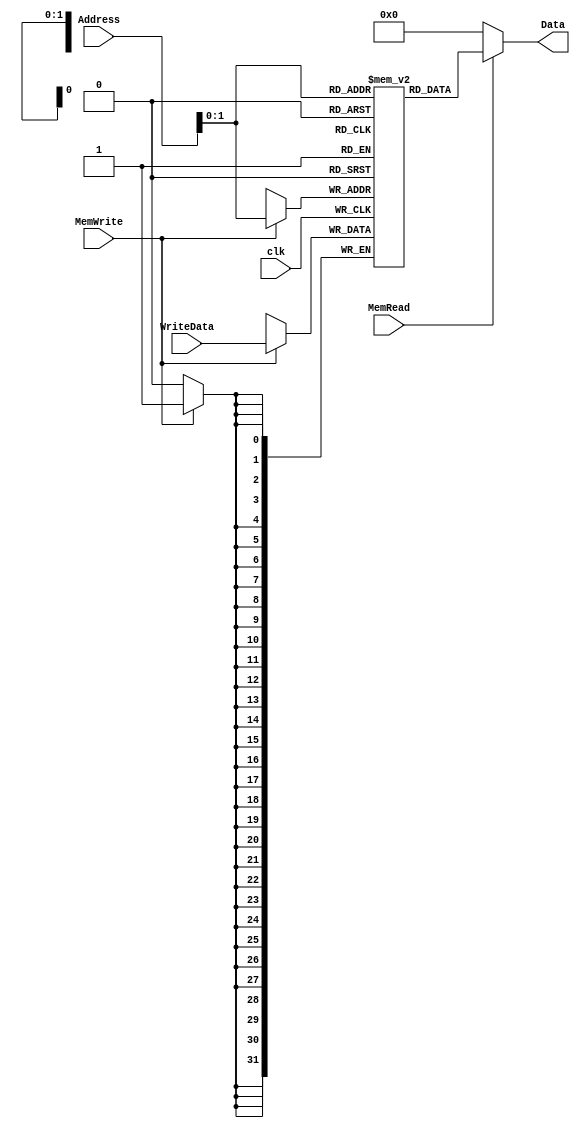
`timescale 1ns / 1ps
//////////////////////////////////////////////////////////////////////////////////
// Company:
// Engineer:
//
// Design Name:
// Module Name: data_Mem
// Project Name:
// Target Devices:
// Tool Versions:
// Description:
//
// Dependencies:
//
// Revision:
// Revision 0.01 - File Created
// Additional Comments:
//
//////////////////////////////////////////////////////////////////////////////////


module Memory(clk,Address,WriteData,MemWrite,MemRead,Data);
  input MemWrite,MemRead,clk;
  input[31:0] Address,WriteData;
  output [31:0] Data;

  reg [31:0] Mem [3:0];

  integer i;
  initial begin
    for(i=0;i<=31;i=i+1)begin
        Mem[i]=32'b0;
    end
    Mem[1]=32'b1;
    Mem[2]=32'd11;
  end

  always @(posedge clk)begin
      if(MemWrite==1)
      Mem[Address]<=WriteData;
  end
  assign Data=(MemRead==1'b1)?Mem[Address]:32'b0;
endmodule